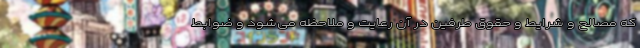
که مصالح و شرایط و حقوق طرفین در آن رعایت و ملاحظه می‌شود و ضوابط